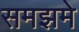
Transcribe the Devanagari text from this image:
समझमे